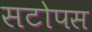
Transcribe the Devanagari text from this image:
सटोपस